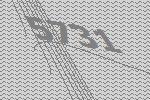
5731